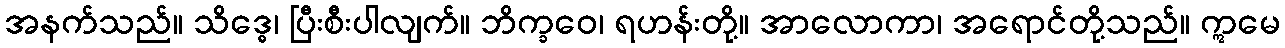
အနက်သည်။ သိဒ္ဓေ၊ ပြီးစီးပါလျက်။ ဘိက္ခဝေ၊ ရဟန်းတို့။ အာလောကာ၊ အရောင်တို့သည်။ ဣမေ